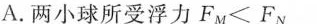
A.两小球所受浮力$$F _ { M } < F_ { N }$$